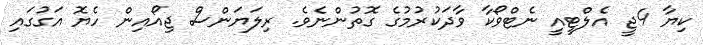
ކިޔާ 4ޖީ އެލްޓީއީ ނެޓްވޯކާ ވާދަކުރުމުގެ ގޮތުންނެވެ. ރިލަޔަންސް ޖިއޯއިން ހެޔޮ އަގުގައިި